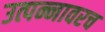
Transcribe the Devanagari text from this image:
उत्पन्नावरच